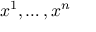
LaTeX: x ^ { 1 } , \ldots , x ^ { n }